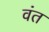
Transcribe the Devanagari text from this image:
वंत